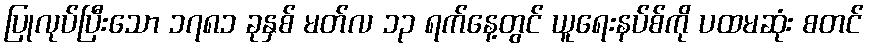
ပြုလုပ်ပြီးသော ၁၇၈၁ ခုနှစ် မတ်လ ၁၃ ရက်နေ့တွင် ယူရေးနပ်စ်ကို ပထမဆုံး စတင်